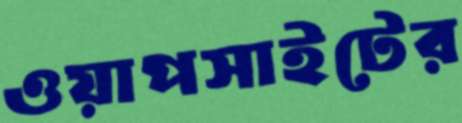
ওয়াপসাইটের